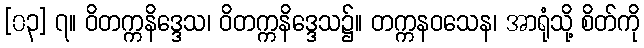
[၀၃] ၇။ ဝိတက္ကနိဒ္ဒေသ၊ ဝိတက္ကနိဒ္ဒေသ၌။ တက္ကနဝသေန၊ အာရုံသို့ စိတ်ကို